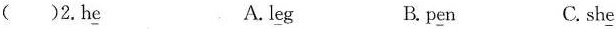
( )2.h\underline{e} A. l\underline{e}g B.p\underline{e}n C.sh\underline{e}